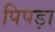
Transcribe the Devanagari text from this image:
पिपड़ा